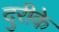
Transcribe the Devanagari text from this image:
दुरीके